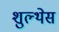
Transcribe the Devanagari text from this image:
शुल्थेस